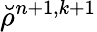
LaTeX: \breve{\rho}^{n+1,k+1}